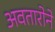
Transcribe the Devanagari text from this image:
अवतारोने